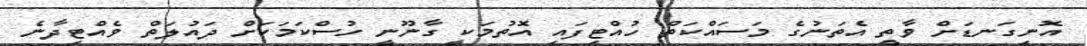
އޮނިގަނޑަށް ވާތީ އެތަނުގެ މަސައްކަތް ހުއްޓިފައި އޮތުމަކީ ގާނޫނީ ހުސްކަމަކަށް ދައުލަތް ވެއްޓިދާނެ